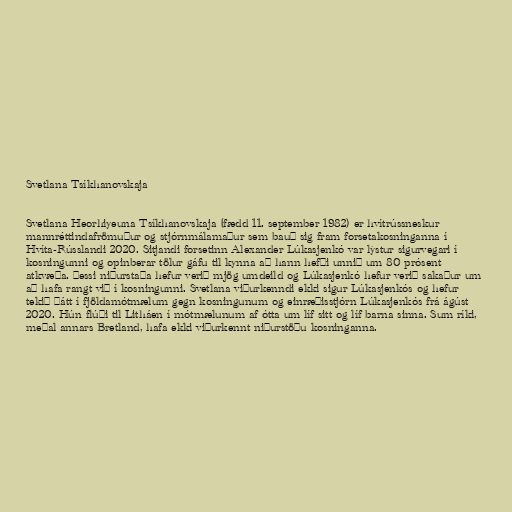
Svetlana Tsíkhanovskaja

Svetlana Heorhiyeuna Tsíkhanovskaja (fædd 11. september 1982) er hvítrússneskur
mannréttindafrömuður og stjórnmálamaður sem bauð sig fram forsetakosninganna í
Hvíta-Rússlandi 2020. Sitjandi forsetinn Alexander Lúkasjenkó var lýstur sigurvegari í
kosningunni og opinberar tölur gáfu til kynna að hann hefði unnið um 80 prósent
atkvæða. Þessi niðurstaða hefur verið mjög umdeild og Lúkasjenkó hefur verið sakaður um
að hafa rangt við í kosningunni. Svetlana viðurkenndi ekki sigur Lúkasjenkós og hefur
tekið þátt í fjöldamótmælum gegn kosningunum og einræðisstjórn Lúkasjenkós frá ágúst
2020. Hún flúði til Litháen í mótmælunum af ótta um líf sitt og líf barna sinna. Sum ríki,
meðal annars Bretland, hafa ekki viðurkennt niðurstöðu kosninganna.